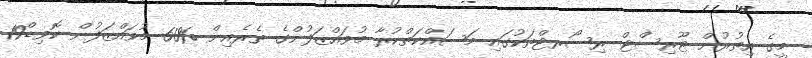
މީގެ އިތުރުން ޓޫރިސްޓް ރިސޯރޓްތަކުގައި މަސައްކަތްކުރާ މުވައްޒަފުންގެ ތެރެއިން %60 މުވައްޒަފުން ކޮވިޑް19